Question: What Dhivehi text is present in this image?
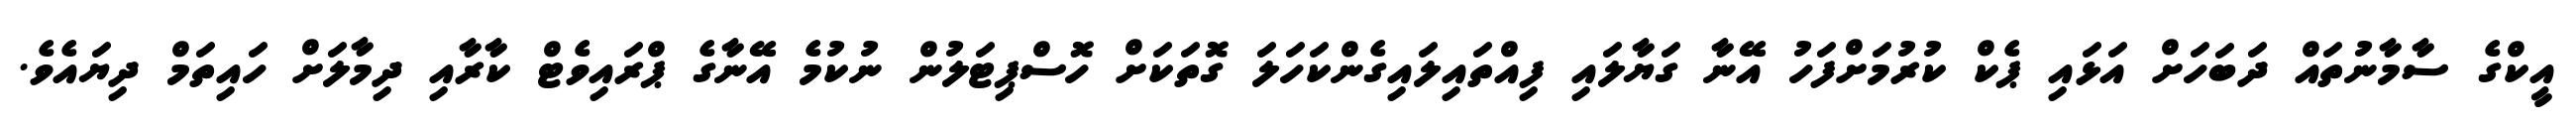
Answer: އީކްގެ ސާމާނުތައް ދަބަހަށް އަޅައި ޕެކް ކުރުމަށްފަހު އޭނާ ގަޔާލައި ފިއްތައިލައިގެންކަހަލަ ގޮތަކަށް ހޮސްޕިޓަލުން ނުކުމެ އޭނާގެ ޕްރައިވެޓް ކާރާއި ދިމާލަށް ހައިތަމް ދިޔައެވެ.